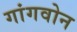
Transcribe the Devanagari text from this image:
गांगवोन